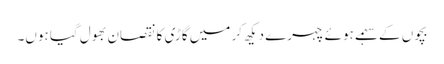
بچوں کے سہمے ہوئے چہرے دیکھ کر میں گاڑی کا نقصان بھول گیا ہوں۔